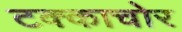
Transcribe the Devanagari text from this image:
टक्काचोर